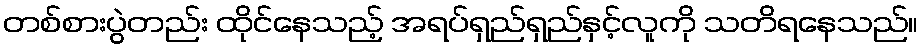
တစ်စားပွဲတည်း ထိုင်နေသည့် အရပ်ရှည်ရှည်နှင့်လူကို သတိရနေသည်။